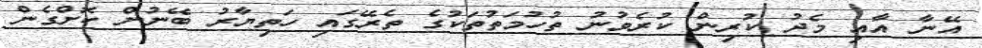
އޭނާ އާއި މެދު ކުރިން ކުރެވުނު ތުހުމަތުތަކުގެ ތެރޭގައި ހަތިޔާރު ބޭނުން ކޮށްގެން